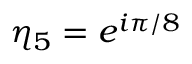
\eta _ { 5 } = e ^ { i \pi / 8 }